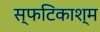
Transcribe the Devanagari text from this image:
स्फटिकाश्म